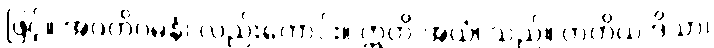
ဖြင့်။ အဂတိဂမနံ၊ လည်းကောင်း။ ဣတိ အယံ၊ သည်။ တတိယ ဒိသာ၊